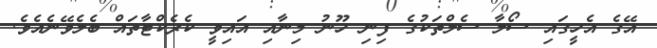
އޭގެ އެހީގައި ސޯލާ ސެލްތަކުގެ ފިނި ހޫނު މިނާއި އައިވީ ކެރެކްޓާތައް ބެލެވޭނެއެވެ.